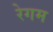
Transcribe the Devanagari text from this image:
रेगम